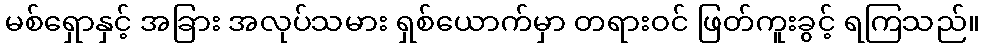
မစ်ရှောနှင့် အခြား အလုပ်သမား ရှစ်ယောက်မှာ တရားဝင် ဖြတ်ကူးခွင့် ရကြသည်။